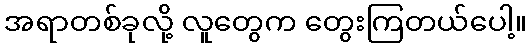
အရာတစ်ခုလို့ လူတွေက တွေးကြတယ်ပေါ့။